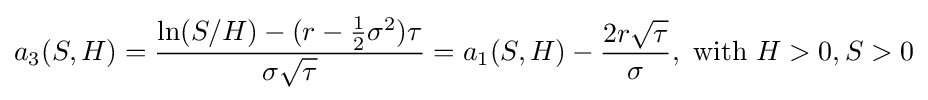
a_{3}(S,H)={\frac {\ln(S/H)-(r-{\frac {1}{2}}\sigma ^{2})\tau }{\sigma {\sqrt {\tau }}}}=a_{1}(S,H)-{\frac {2r{\sqrt {\tau }}}{\sigma }},{\text{ with }}H>0,S>0